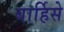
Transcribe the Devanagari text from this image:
बार्हिसे